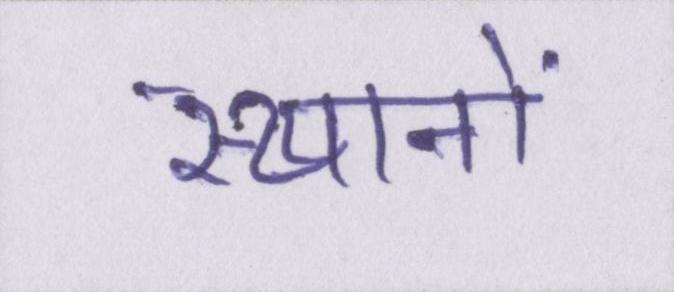
स्थानों